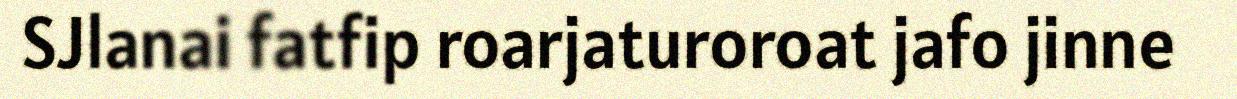
SJlanai fatfip roarjaturoroat jafo jinne